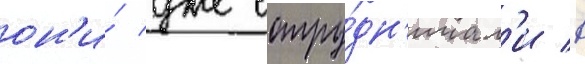
он'и́ уже сотру́дн'ичал'и в